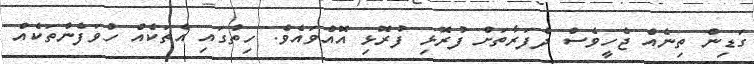
ގަޑިން ތިނެއް ޖެހީވެސް ދެފަރާތަށް ފުރޮޅި ފުރޮޅި އޮއްވައެވެ. ހިތުގައި އެތަކެއް ހުވަފެންތަކެއް